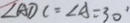
\angle A D C = \angle A = 3 0 ^ { \circ }